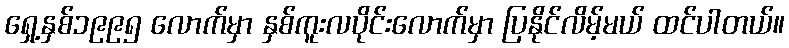
ရှေ့နှစ်၁၉၉၅ လောက်မှာ နှစ်ကူးလပိုင်းလောက်မှာ ပြနိုင်လိမ့်မယ် ထင်ပါတယ်။